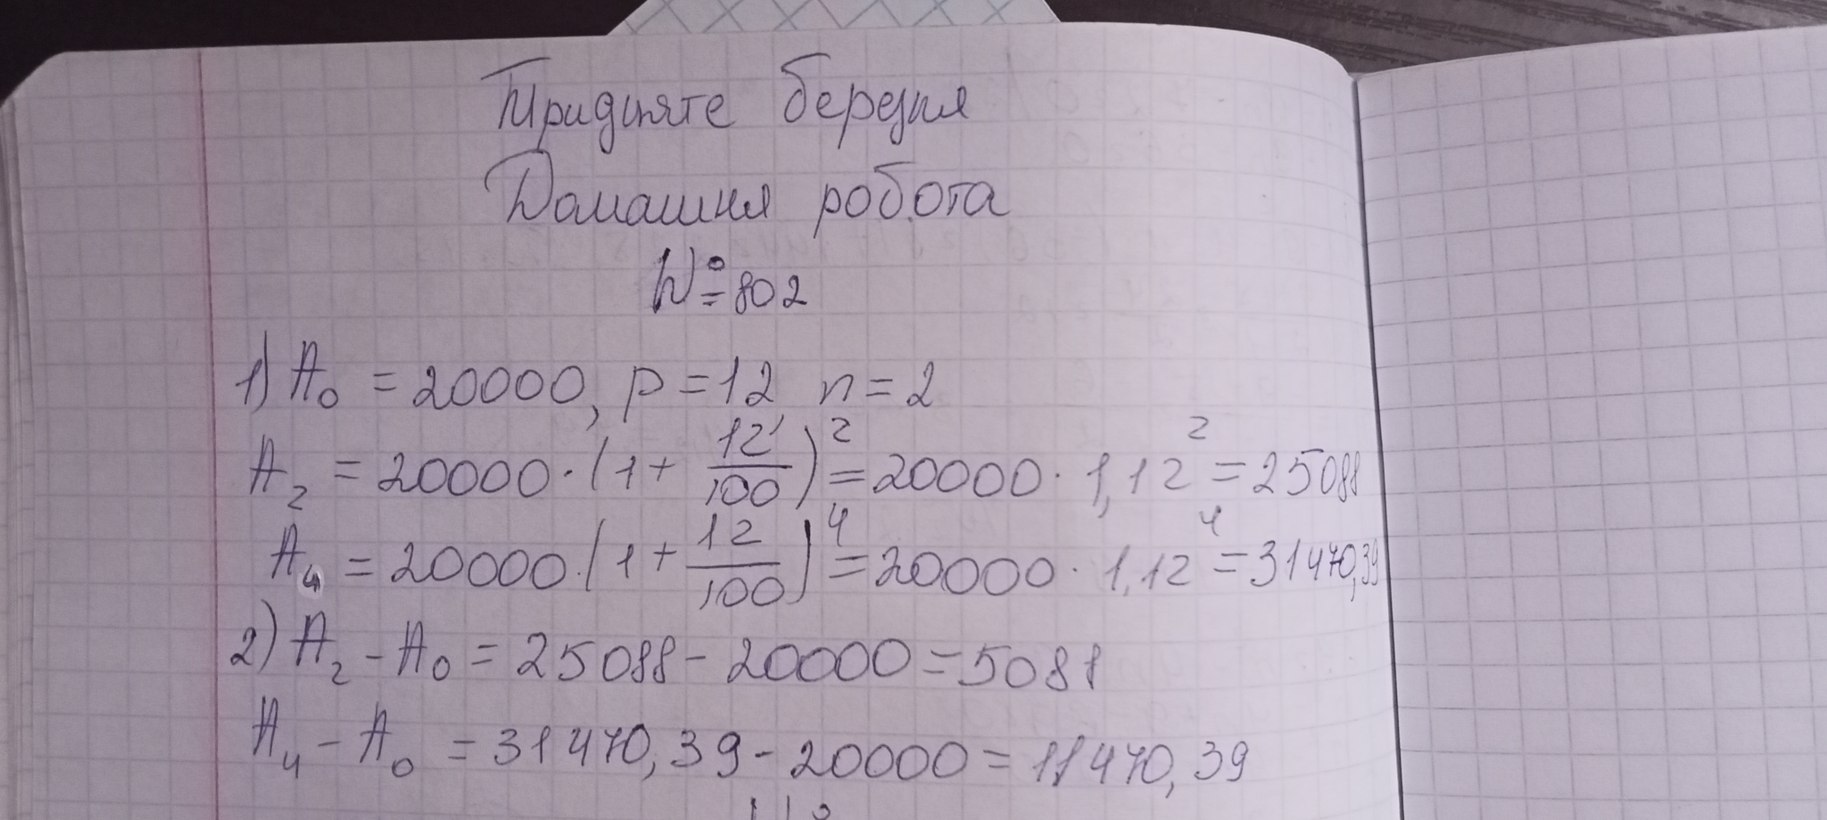
Тридцяте березня
Домашня робота
№= 80 2
1) A₀ = 2000, p = 12 n = 2
A_2 = 2000 \cdot (1 + \frac{12}{100})^2 = 2000 \cdot 1,12^2 = 25088
A_4 = 2000 \cdot (1 + \frac{12}{100})^4 = 2000 \cdot 1,12^4 = 31470,39
2) A₂ - A₀ = 25088 - 2000 = 5088
A₄ - A₀ = 31470.39 - 2000 = 11470.39